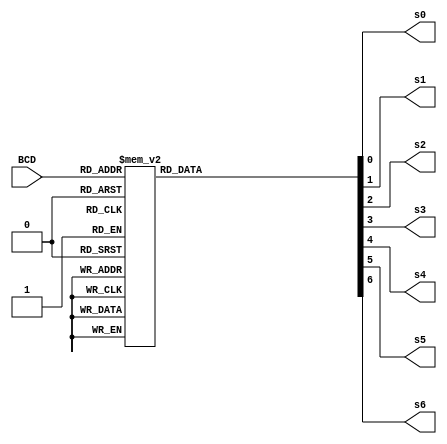
`timescale 1ns / 1ps
//////////////////////////////////////////////////////////////////////////////////
// Company: 
// Engineer: 
// 
// Design Name: 
// Module Name: bcd_to_7seg
// Project Name: 
// Target Devices: 
// Tool Versions: 
// Description: 
// 
// Dependencies: 
// 
// Revision:
// Revision 0.01 - File Created
// Additional Comments:
// 
//////////////////////////////////////////////////////////////////////////////////
module bcd_to_7seg(BCD, s0, s1, s2, s3, s4, s5, s6);
	output s0, s1, s2, s3, s4, s5, s6;
	input [3:0] BCD;
	reg s0, s1, s2, s3, s4, s5, s6;
	always @ (BCD)
	begin // BCD to 7-segment decoding
		case (BCD) // s0 - s6 are active low
			4'b0000: begin s0=0; s1=0; s2=0; s3=1; s4=0; s5=0; s6=0; end
			4'b0001: begin s0=1; s1=0; s2=1; s3=1; s4=0; s5=1; s6=1; end
			4'b0010: begin s0=0; s1=1; s2=0; s3=0; s4=0; s5=1; s6=0; end
			4'b0011: begin s0=0; s1=0; s2=1; s3=0; s4=0; s5=1; s6=0; end
			4'b0100: begin s0=1; s1=0; s2=1; s3=0; s4=0; s5=0; s6=1; end
			4'b0101: begin s0=0; s1=0; s2=1; s3=0; s4=1; s5=0; s6=0; end
			4'b0110: begin s0=0; s1=0; s2=0; s3=0; s4=1; s5=0; s6=0; end
			4'b0111: begin s0=1; s1=0; s2=1; s3=1; s4=0; s5=1; s6=0; end
			4'b1000: begin s0=0; s1=0; s2=0; s3=0; s4=0; s5=0; s6=0; end
			4'b1001: begin s0=0; s1=0; s2=1; s3=0; s4=0; s5=0; s6=0; end
		default: begin s0=1; s1=1; s2=1; s3=1; s4=1; s5=1; s6=1; end
		endcase
	end
endmodule // end bcd_to_7seg